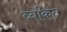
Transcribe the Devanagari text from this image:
व्‍यकित